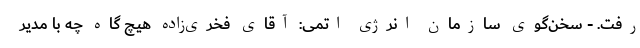
رفت. - سخن‌گوی سازمان انرژی اتمی: آقای فخری‌زاده هیچ گاه چه با مدیر